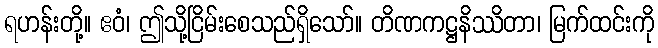
ရဟန်းတို့။ ဧဝံ၊ ဤသို့ငြိမ်းစေသည်ရှိသော်။ တိဏကဋ္ဌနိဿိတာ၊ မြက်ထင်းကို